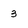
Character: 3